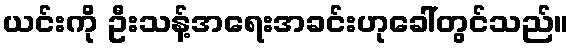
ယင်းကို ဦးသန့်အရေးအခင်းဟုခေါ်တွင်သည်။